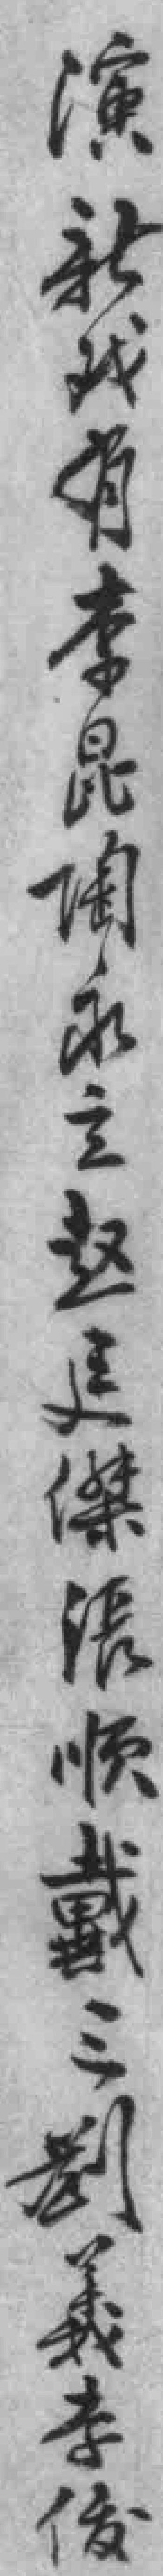
演新戏有李昆𡍒永立赵廷傑張顺戴三劉義李俊